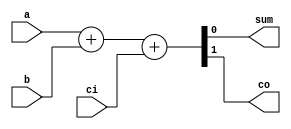
module fulladder( sum, co, a, b, ci);

  input   a, b, ci;
  output  sum, co;

  reg co, sum;

  always @(a or b or ci) begin
    {co, sum} = a + b + ci;
  end

endmodule